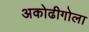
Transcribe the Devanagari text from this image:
अकोढीगोला